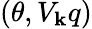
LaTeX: (\theta,V_{\mathbf{k}}q)